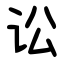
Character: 讼